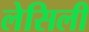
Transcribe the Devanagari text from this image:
लेसिली